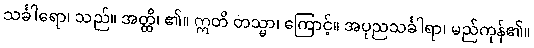
သင်္ခါရော၊ သည်။ အတ္ထိ၊ ၏။ ဣတိ တသ္မာ၊ ကြောင့်။ အပုညသင်္ခါရာ၊ မည်ကုန်၏။